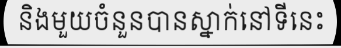
និងមួយចំនួនបានស្នាក់នៅទីនេះ